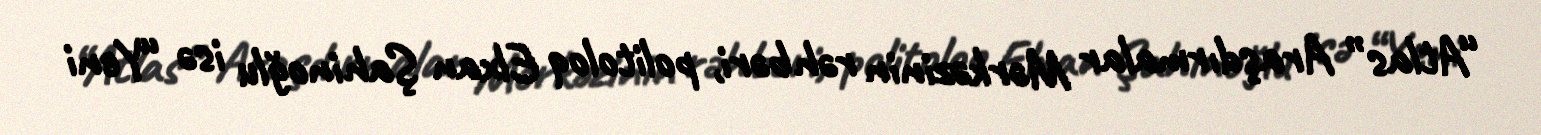
“Atlas” Araşdırmalar Mərkəzinin rəhbəri, politoloq Elxan Şahinoğlu isə “Yeni